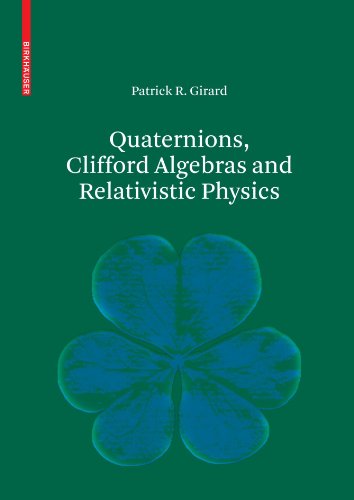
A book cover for Quaternions, Clifford Algebras and Relativistic Physics; Patrick R. Girard; Science & Math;